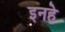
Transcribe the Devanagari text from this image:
इनहे